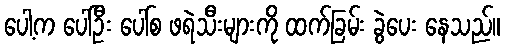
ပေါ့က ပေါ်ဦး ပေါ်စ ဖရဲသီးများကို ထက်ခြမ်း ခွဲပေး နေသည်။